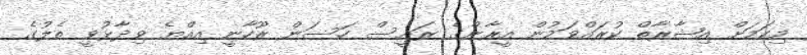
މިކަމަށް އިޝާރާތް ކުރައްވަމުން އީރާންގެ ރައީސް ހަސަން ރޫހާނީ އިއްޔެ ވިދާޅުވީ ތެލުގެ